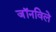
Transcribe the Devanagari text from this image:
जॉनविले